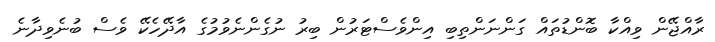
ރާއްޖޭން ވިއްކާ ބޮންޑުތައް ގަންނަންތިބި އިންވެސްޓަރުން ބިރު ނުގެންނެވުމުގެ އާދޭހެކޭ ވެސް ބުނެވިދާނެ